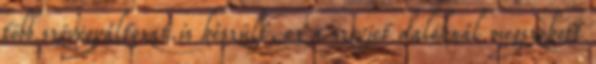
több szövegváltozat is készült, ez a szovjet daloknál megszokott